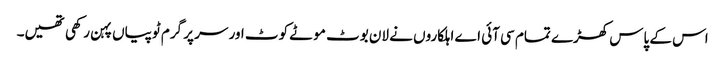
اس کے پاس کھڑے تمام سی آئی اے اہلکاروں نے لان بوٹ موٹے کوٹ اور سر پر گرم ٹوپیاں پہن رکھی تھیں۔